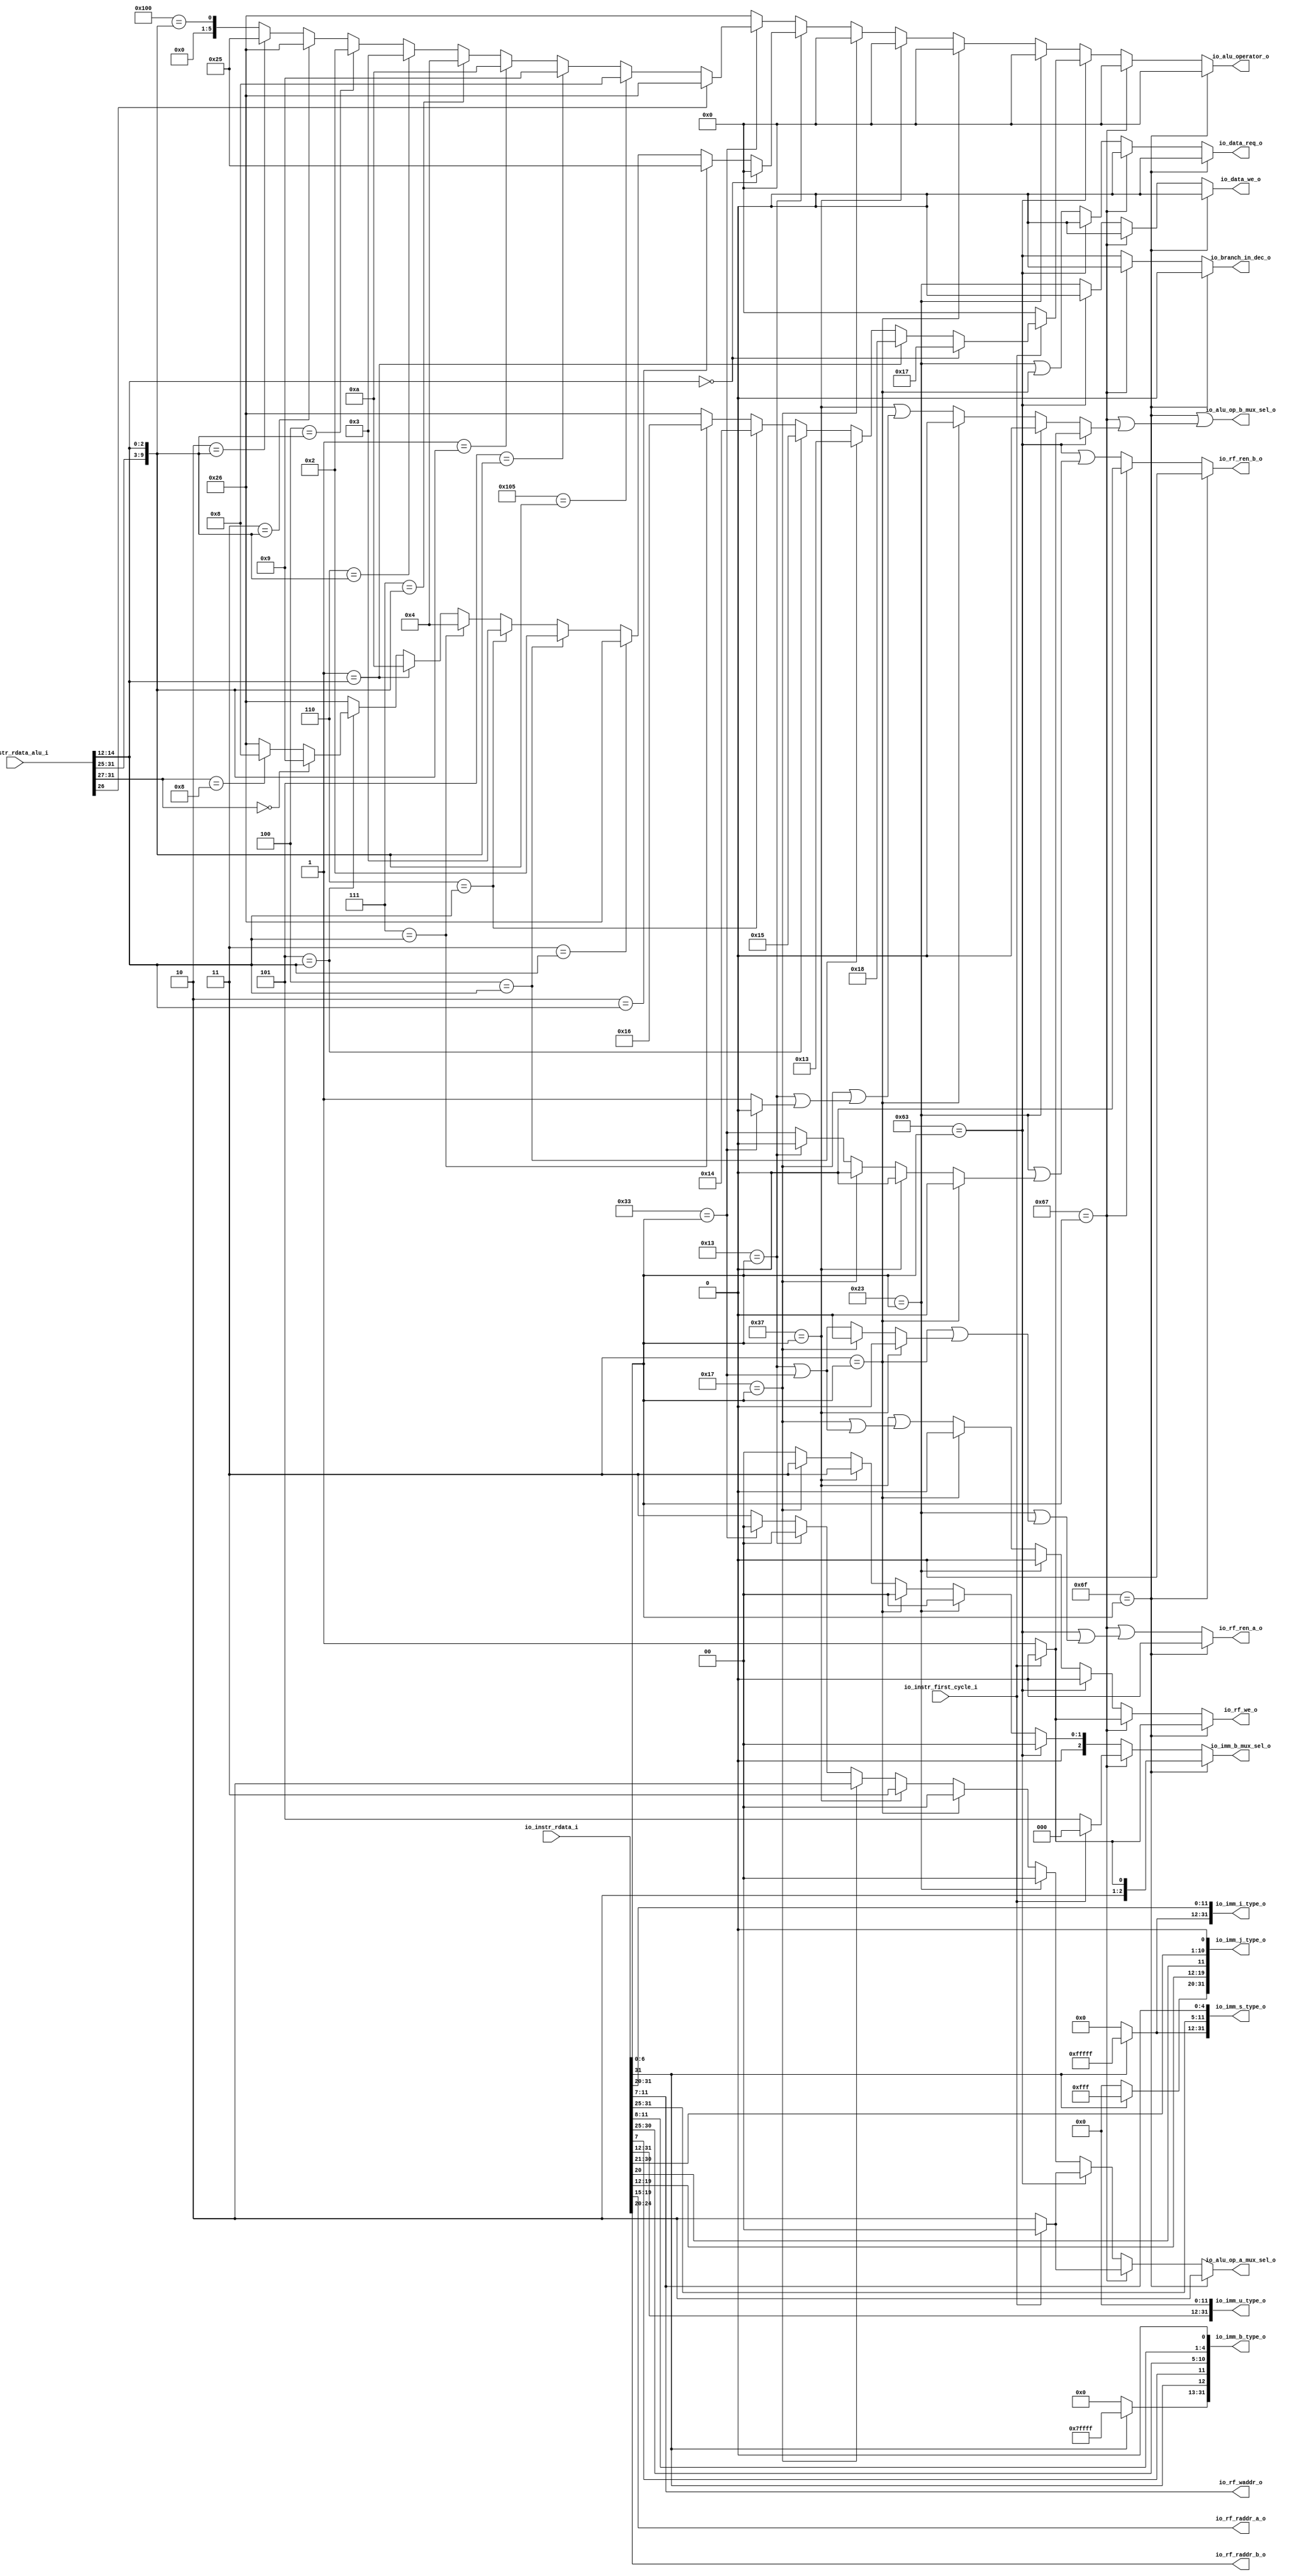
module ibex_decoder(
  input         io_instr_first_cycle_i,
  input  [31:0] io_instr_rdata_i,
  input  [31:0] io_instr_rdata_alu_i,
  output [2:0]  io_imm_b_mux_sel_o,
  output [31:0] io_imm_i_type_o,
  output [31:0] io_imm_s_type_o,
  output [31:0] io_imm_b_type_o,
  output [31:0] io_imm_u_type_o,
  output [31:0] io_imm_j_type_o,
  output        io_rf_we_o,
  output [4:0]  io_rf_raddr_a_o,
  output [4:0]  io_rf_raddr_b_o,
  output [4:0]  io_rf_waddr_o,
  output        io_rf_ren_a_o,
  output        io_rf_ren_b_o,
  output [5:0]  io_alu_operator_o,
  output [1:0]  io_alu_op_a_mux_sel_o,
  output        io_alu_op_b_mux_sel_o,
  output        io_data_req_o,
  output        io_data_we_o,
  output        io_branch_in_dec_o
);
  wire [19:0] io_imm_i_type_o_hi = io_instr_rdata_i[31] ? 20'hfffff : 20'h0; // @[Bitwise.scala 72:12]
  wire [11:0] io_imm_i_type_o_lo = io_instr_rdata_i[31:20]; // @[ibex_decoder.scala 106:52]
  wire [6:0] io_imm_s_type_o_hi_lo = io_instr_rdata_i[31:25]; // @[ibex_decoder.scala 107:52]
  wire [4:0] io_imm_s_type_o_lo = io_instr_rdata_i[11:7]; // @[ibex_decoder.scala 107:67]
  wire [26:0] io_imm_s_type_o_hi = {io_imm_i_type_o_hi,io_imm_s_type_o_hi_lo}; // @[Cat.scala 30:58]
  wire [18:0] io_imm_b_type_o_hi_hi_hi = io_instr_rdata_i[31] ? 19'h7ffff : 19'h0; // @[Bitwise.scala 72:12]
  wire  io_imm_b_type_o_hi_lo = io_instr_rdata_i[7]; // @[ibex_decoder.scala 108:63]
  wire [5:0] io_imm_b_type_o_lo_hi_hi = io_instr_rdata_i[30:25]; // @[ibex_decoder.scala 108:73]
  wire [3:0] io_imm_b_type_o_lo_hi_lo = io_instr_rdata_i[11:8]; // @[ibex_decoder.scala 108:88]
  wire [10:0] io_imm_b_type_o_lo = {io_imm_b_type_o_lo_hi_hi,io_imm_b_type_o_lo_hi_lo,1'h0}; // @[Cat.scala 30:58]
  wire [20:0] io_imm_b_type_o_hi = {io_imm_b_type_o_hi_hi_hi,io_instr_rdata_i[31],io_imm_b_type_o_hi_lo}; // @[Cat.scala 30:58]
  wire [19:0] io_imm_u_type_o_hi = io_instr_rdata_i[31:12]; // @[ibex_decoder.scala 109:31]
  wire [11:0] io_imm_j_type_o_hi_hi_hi = io_instr_rdata_i[31] ? 12'hfff : 12'h0; // @[Bitwise.scala 72:12]
  wire [7:0] io_imm_j_type_o_hi_hi_lo = io_instr_rdata_i[19:12]; // @[ibex_decoder.scala 110:52]
  wire  io_imm_j_type_o_hi_lo = io_instr_rdata_i[20]; // @[ibex_decoder.scala 110:67]
  wire [9:0] io_imm_j_type_o_lo_hi = io_instr_rdata_i[30:21]; // @[ibex_decoder.scala 110:78]
  wire [10:0] io_imm_j_type_o_lo = {io_imm_j_type_o_lo_hi,1'h0}; // @[Cat.scala 30:58]
  wire [20:0] io_imm_j_type_o_hi = {io_imm_j_type_o_hi_hi_hi,io_imm_j_type_o_hi_hi_lo,io_imm_j_type_o_hi_lo}; // @[Cat.scala 30:58]
  wire [6:0] opcode = io_instr_rdata_i[6:0]; // @[ibex_decoder.scala 159:29]
  wire  _T_2 = 7'h6f == opcode; // @[Conditional.scala 37:30]
  wire  _GEN_0 = io_instr_first_cycle_i ? 1'h0 : 1'h1; // @[ibex_decoder.scala 168:38 ibex_decoder.scala 170:17 ibex_decoder.scala 174:17]
  wire  _T_5 = 7'h67 == opcode; // @[Conditional.scala 37:30]
  wire  _T_8 = 7'h63 == opcode; // @[Conditional.scala 37:30]
  wire  _T_11 = 7'h23 == opcode; // @[Conditional.scala 37:30]
  wire  _T_14 = 7'h3 == opcode; // @[Conditional.scala 37:30]
  wire  _T_17 = 7'h37 == opcode; // @[Conditional.scala 37:30]
  wire  _T_20 = 7'h17 == opcode; // @[Conditional.scala 37:30]
  wire  _T_23 = 7'h13 == opcode; // @[Conditional.scala 37:30]
  wire  _T_26 = 7'h33 == opcode; // @[Conditional.scala 37:30]
  wire  _GEN_3 = _T_23 | _T_26; // @[Conditional.scala 39:67 ibex_decoder.scala 298:23]
  wire  _GEN_4 = _T_23 ? 1'h0 : _T_26; // @[Conditional.scala 39:67 ibex_decoder.scala 146:19]
  wire  _GEN_5 = _T_20 | _GEN_3; // @[Conditional.scala 39:67 ibex_decoder.scala 295:15]
  wire  _GEN_6 = _T_20 ? 1'h0 : _GEN_3; // @[Conditional.scala 39:67 ibex_decoder.scala 145:19]
  wire  _GEN_7 = _T_20 ? 1'h0 : _GEN_4; // @[Conditional.scala 39:67 ibex_decoder.scala 146:19]
  wire  _GEN_8 = _T_17 | _GEN_5; // @[Conditional.scala 39:67 ibex_decoder.scala 292:15]
  wire  _GEN_9 = _T_17 ? 1'h0 : _GEN_6; // @[Conditional.scala 39:67 ibex_decoder.scala 145:19]
  wire  _GEN_10 = _T_17 ? 1'h0 : _GEN_7; // @[Conditional.scala 39:67 ibex_decoder.scala 146:19]
  wire  _GEN_11 = _T_14 | _GEN_9; // @[Conditional.scala 39:67 ibex_decoder.scala 261:23]
  wire  _GEN_14 = _T_14 ? 1'h0 : _GEN_8; // @[Conditional.scala 39:67 ibex_decoder.scala 144:11]
  wire  _GEN_15 = _T_14 ? 1'h0 : _GEN_10; // @[Conditional.scala 39:67 ibex_decoder.scala 146:19]
  wire  _GEN_16 = _T_11 | _GEN_11; // @[Conditional.scala 39:67 ibex_decoder.scala 234:23]
  wire  _GEN_17 = _T_11 | _GEN_15; // @[Conditional.scala 39:67 ibex_decoder.scala 235:23]
  wire  _GEN_18 = _T_11 | _T_14; // @[Conditional.scala 39:67 ibex_decoder.scala 236:23]
  wire  _GEN_21 = _T_11 ? 1'h0 : _GEN_14; // @[Conditional.scala 39:67 ibex_decoder.scala 144:11]
  wire  _GEN_23 = _T_8 | _GEN_16; // @[Conditional.scala 39:67 ibex_decoder.scala 225:23]
  wire  _GEN_24 = _T_8 | _GEN_17; // @[Conditional.scala 39:67 ibex_decoder.scala 226:23]
  wire  _GEN_25 = _T_8 ? 1'h0 : _GEN_18; // @[Conditional.scala 39:67 ibex_decoder.scala 151:19]
  wire  _GEN_26 = _T_8 ? 1'h0 : _T_11; // @[Conditional.scala 39:67 ibex_decoder.scala 148:18]
  wire  _GEN_28 = _T_8 ? 1'h0 : _GEN_21; // @[Conditional.scala 39:67 ibex_decoder.scala 144:11]
  wire  _GEN_30 = _T_5 ? _GEN_0 : _GEN_28; // @[Conditional.scala 39:67]
  wire  _GEN_31 = _T_5 | _GEN_23; // @[Conditional.scala 39:67 ibex_decoder.scala 193:23]
  wire  _GEN_32 = _T_5 ? 1'h0 : _T_8; // @[Conditional.scala 39:67 ibex_decoder.scala 140:24]
  wire  _GEN_33 = _T_5 ? 1'h0 : _GEN_24; // @[Conditional.scala 39:67 ibex_decoder.scala 146:19]
  wire  _GEN_34 = _T_5 ? 1'h0 : _GEN_25; // @[Conditional.scala 39:67 ibex_decoder.scala 151:19]
  wire  _GEN_35 = _T_5 ? 1'h0 : _GEN_26; // @[Conditional.scala 39:67 ibex_decoder.scala 148:18]
  wire [2:0] _GEN_45 = io_instr_first_cycle_i ? 3'h4 : 3'h5; // @[ibex_decoder.scala 525:38 ibex_decoder.scala 527:30 ibex_decoder.scala 530:30]
  wire [1:0] _GEN_46 = io_instr_first_cycle_i ? 2'h0 : 2'h2; // @[ibex_decoder.scala 538:38 ibex_decoder.scala 540:33 ibex_decoder.scala 544:33]
  wire [2:0] _GEN_47 = io_instr_first_cycle_i ? 3'h0 : 3'h5; // @[ibex_decoder.scala 538:38 ibex_decoder.scala 541:30 ibex_decoder.scala 545:30]
  wire  _T_37 = 3'h0 == io_instr_rdata_alu_i[14:12]; // @[Conditional.scala 37:30]
  wire  _T_38 = 3'h1 == io_instr_rdata_alu_i[14:12]; // @[Conditional.scala 37:30]
  wire  _T_39 = 3'h4 == io_instr_rdata_alu_i[14:12]; // @[Conditional.scala 37:30]
  wire  _T_40 = 3'h5 == io_instr_rdata_alu_i[14:12]; // @[Conditional.scala 37:30]
  wire  _T_41 = 3'h6 == io_instr_rdata_alu_i[14:12]; // @[Conditional.scala 37:30]
  wire  _T_42 = 3'h7 == io_instr_rdata_alu_i[14:12]; // @[Conditional.scala 37:30]
  wire [5:0] _GEN_48 = _T_42 ? 6'h16 : 6'h26; // @[Conditional.scala 39:67 ibex_decoder.scala 569:31 ibex_decoder.scala 497:23]
  wire [5:0] _GEN_49 = _T_41 ? 6'h14 : _GEN_48; // @[Conditional.scala 39:67 ibex_decoder.scala 566:31]
  wire [5:0] _GEN_50 = _T_40 ? 6'h15 : _GEN_49; // @[Conditional.scala 39:67 ibex_decoder.scala 563:31]
  wire [5:0] _GEN_51 = _T_39 ? 6'h13 : _GEN_50; // @[Conditional.scala 39:67 ibex_decoder.scala 560:31]
  wire [5:0] _GEN_52 = _T_38 ? 6'h18 : _GEN_51; // @[Conditional.scala 39:67 ibex_decoder.scala 557:31]
  wire [5:0] _GEN_53 = _T_37 ? 6'h17 : _GEN_52; // @[Conditional.scala 40:58 ibex_decoder.scala 554:31]
  wire [5:0] _GEN_55 = io_instr_first_cycle_i ? _GEN_53 : 6'h0; // @[ibex_decoder.scala 576:38 ibex_decoder.scala 586:29]
  wire  _T_62 = 3'h2 == io_instr_rdata_alu_i[14:12]; // @[Conditional.scala 37:30]
  wire  _T_63 = 3'h3 == io_instr_rdata_alu_i[14:12]; // @[Conditional.scala 37:30]
  wire [5:0] _GEN_57 = io_instr_rdata_alu_i[31:27] == 5'h8 ? 6'h8 : 6'h26; // @[ibex_decoder.scala 664:59 ibex_decoder.scala 665:33 ibex_decoder.scala 497:23]
  wire [5:0] _GEN_58 = io_instr_rdata_alu_i[31:27] == 5'h0 ? 6'h9 : _GEN_57; // @[ibex_decoder.scala 662:53 ibex_decoder.scala 663:33]
  wire [5:0] _GEN_59 = _T_40 ? _GEN_58 : 6'h26; // @[Conditional.scala 39:67 ibex_decoder.scala 497:23]
  wire [5:0] _GEN_60 = _T_38 ? 6'ha : _GEN_59; // @[Conditional.scala 39:67 ibex_decoder.scala 659:31]
  wire [5:0] _GEN_61 = _T_42 ? 6'h4 : _GEN_60; // @[Conditional.scala 39:67 ibex_decoder.scala 656:31]
  wire [5:0] _GEN_62 = _T_41 ? 6'h3 : _GEN_61; // @[Conditional.scala 39:67 ibex_decoder.scala 653:31]
  wire [5:0] _GEN_63 = _T_39 ? 6'h2 : _GEN_62; // @[Conditional.scala 39:67 ibex_decoder.scala 650:31]
  wire [5:0] _GEN_64 = _T_63 ? 6'h26 : _GEN_63; // @[Conditional.scala 39:67 ibex_decoder.scala 647:31]
  wire [5:0] _GEN_65 = _T_62 ? 6'h25 : _GEN_64; // @[Conditional.scala 39:67 ibex_decoder.scala 644:31]
  wire [5:0] _GEN_66 = _T_37 ? 6'h0 : _GEN_65; // @[Conditional.scala 40:58 ibex_decoder.scala 641:31]
  wire [6:0] io_alu_operator_o_hi = io_instr_rdata_alu_i[31:25]; // @[ibex_decoder.scala 676:64]
  wire [9:0] _io_alu_operator_o_T = {io_alu_operator_o_hi,io_instr_rdata_alu_i[14:12]}; // @[Cat.scala 30:58]
  wire [5:0] _io_alu_operator_o_T_26 = 10'h2 == _io_alu_operator_o_T ? 6'h25 : {{5'd0}, 10'h100 == _io_alu_operator_o_T}
    ; // @[Mux.scala 80:57]
  wire [5:0] _io_alu_operator_o_T_28 = 10'h3 == _io_alu_operator_o_T ? 6'h26 : _io_alu_operator_o_T_26; // @[Mux.scala 80:57]
  wire [5:0] _io_alu_operator_o_T_30 = 10'h4 == _io_alu_operator_o_T ? 6'h2 : _io_alu_operator_o_T_28; // @[Mux.scala 80:57]
  wire [5:0] _io_alu_operator_o_T_32 = 10'h6 == _io_alu_operator_o_T ? 6'h3 : _io_alu_operator_o_T_30; // @[Mux.scala 80:57]
  wire [5:0] _io_alu_operator_o_T_34 = 10'h7 == _io_alu_operator_o_T ? 6'h4 : _io_alu_operator_o_T_32; // @[Mux.scala 80:57]
  wire [5:0] _io_alu_operator_o_T_36 = 10'h1 == _io_alu_operator_o_T ? 6'ha : _io_alu_operator_o_T_34; // @[Mux.scala 80:57]
  wire [5:0] _io_alu_operator_o_T_38 = 10'h5 == _io_alu_operator_o_T ? 6'h9 : _io_alu_operator_o_T_36; // @[Mux.scala 80:57]
  wire [5:0] _io_alu_operator_o_T_40 = 10'h105 == _io_alu_operator_o_T ? 6'h8 : _io_alu_operator_o_T_38; // @[Mux.scala 80:57]
  wire [5:0] _GEN_67 = ~io_instr_rdata_alu_i[26] ? _io_alu_operator_o_T_40 : 6'h26; // @[ibex_decoder.scala 675:30 ibex_decoder.scala 676:29 ibex_decoder.scala 497:23]
  wire [1:0] _GEN_68 = _T_26 ? 2'h0 : 2'h3; // @[Conditional.scala 39:67 ibex_decoder.scala 672:31 ibex_decoder.scala 498:27]
  wire  _GEN_69 = _T_26 ? 1'h0 : 1'h1; // @[Conditional.scala 39:67 ibex_decoder.scala 673:31 ibex_decoder.scala 499:27]
  wire [5:0] _GEN_70 = _T_26 ? _GEN_67 : 6'h26; // @[Conditional.scala 39:67 ibex_decoder.scala 497:23]
  wire [1:0] _GEN_71 = _T_23 ? 2'h0 : _GEN_68; // @[Conditional.scala 39:67 ibex_decoder.scala 635:31]
  wire  _GEN_72 = _T_23 | _GEN_69; // @[Conditional.scala 39:67 ibex_decoder.scala 636:31]
  wire [5:0] _GEN_74 = _T_23 ? _GEN_66 : _GEN_70; // @[Conditional.scala 39:67]
  wire [1:0] _GEN_75 = _T_20 ? 2'h2 : _GEN_71; // @[Conditional.scala 39:67 ibex_decoder.scala 628:31]
  wire  _GEN_76 = _T_20 | _GEN_72; // @[Conditional.scala 39:67 ibex_decoder.scala 629:31]
  wire [1:0] _GEN_77 = _T_20 ? 2'h3 : 2'h0; // @[Conditional.scala 39:67 ibex_decoder.scala 630:28]
  wire [5:0] _GEN_78 = _T_20 ? 6'h0 : _GEN_74; // @[Conditional.scala 39:67 ibex_decoder.scala 631:27]
  wire [1:0] _GEN_79 = _T_17 ? 2'h3 : _GEN_75; // @[Conditional.scala 39:67 ibex_decoder.scala 620:31]
  wire  _GEN_80 = _T_17 | _GEN_76; // @[Conditional.scala 39:67 ibex_decoder.scala 621:31]
  wire [1:0] _GEN_82 = _T_17 ? 2'h3 : _GEN_77; // @[Conditional.scala 39:67 ibex_decoder.scala 623:28]
  wire [5:0] _GEN_83 = _T_17 ? 6'h0 : _GEN_78; // @[Conditional.scala 39:67 ibex_decoder.scala 624:27]
  wire [1:0] _GEN_84 = _T_14 ? 2'h0 : _GEN_79; // @[Conditional.scala 39:67 ibex_decoder.scala 607:31]
  wire [5:0] _GEN_85 = _T_14 ? 6'h0 : _GEN_83; // @[Conditional.scala 39:67 ibex_decoder.scala 610:27]
  wire  _GEN_86 = _T_14 ? 1'h0 : _GEN_80; // @[Conditional.scala 39:67 ibex_decoder.scala 611:31]
  wire [1:0] _GEN_87 = _T_14 ? 2'h0 : _GEN_82; // @[Conditional.scala 39:67 ibex_decoder.scala 612:28]
  wire [1:0] _GEN_89 = _T_11 ? 2'h0 : _GEN_84; // @[Conditional.scala 39:67 ibex_decoder.scala 595:31]
  wire  _GEN_90 = _T_11 ? 1'h0 : _GEN_86; // @[Conditional.scala 39:67]
  wire [5:0] _GEN_91 = _T_11 ? 6'h0 : _GEN_85; // @[Conditional.scala 39:67 ibex_decoder.scala 597:27]
  wire [1:0] _GEN_92 = _T_11 ? 2'h0 : _GEN_87; // @[Conditional.scala 39:67]
  wire [5:0] _GEN_94 = _T_8 ? _GEN_55 : _GEN_91; // @[Conditional.scala 39:67]
  wire [1:0] _GEN_95 = _T_8 ? _GEN_46 : _GEN_89; // @[Conditional.scala 39:67]
  wire  _GEN_96 = _T_8 ? _GEN_0 : _GEN_90; // @[Conditional.scala 39:67]
  wire [2:0] _GEN_97 = _T_8 ? 3'h0 : {{1'd0}, _GEN_92}; // @[Conditional.scala 39:67]
  wire  _GEN_99 = _T_5 | _GEN_96; // @[Conditional.scala 39:67 ibex_decoder.scala 536:31]
  wire [5:0] _GEN_100 = _T_5 ? 6'h0 : _GEN_94; // @[Conditional.scala 39:67 ibex_decoder.scala 537:27]
  wire [1:0] _GEN_101 = _T_5 ? _GEN_46 : _GEN_95; // @[Conditional.scala 39:67]
  wire [2:0] _GEN_102 = _T_5 ? _GEN_47 : _GEN_97; // @[Conditional.scala 39:67]
  assign io_imm_b_mux_sel_o = _T_2 ? _GEN_45 : _GEN_102; // @[Conditional.scala 40:58]
  assign io_imm_i_type_o = {io_imm_i_type_o_hi,io_imm_i_type_o_lo}; // @[Cat.scala 30:58]
  assign io_imm_s_type_o = {io_imm_s_type_o_hi,io_imm_s_type_o_lo}; // @[Cat.scala 30:58]
  assign io_imm_b_type_o = {io_imm_b_type_o_hi,io_imm_b_type_o_lo}; // @[Cat.scala 30:58]
  assign io_imm_u_type_o = {io_imm_u_type_o_hi,12'h0}; // @[Cat.scala 30:58]
  assign io_imm_j_type_o = {io_imm_j_type_o_hi,io_imm_j_type_o_lo}; // @[Cat.scala 30:58]
  assign io_rf_we_o = _T_2 ? _GEN_0 : _GEN_30; // @[Conditional.scala 40:58]
  assign io_rf_raddr_a_o = io_instr_rdata_i[19:15]; // @[ibex_decoder.scala 117:21]
  assign io_rf_raddr_b_o = io_instr_rdata_i[24:20]; // @[ibex_decoder.scala 118:21]
  assign io_rf_waddr_o = io_instr_rdata_i[11:7]; // @[ibex_decoder.scala 124:20]
  assign io_rf_ren_a_o = _T_2 ? 1'h0 : _GEN_31; // @[Conditional.scala 40:58 ibex_decoder.scala 145:19]
  assign io_rf_ren_b_o = _T_2 ? 1'h0 : _GEN_33; // @[Conditional.scala 40:58 ibex_decoder.scala 146:19]
  assign io_alu_operator_o = _T_2 ? 6'h0 : _GEN_100; // @[Conditional.scala 40:58 ibex_decoder.scala 524:27]
  assign io_alu_op_a_mux_sel_o = _T_2 ? 2'h2 : _GEN_101; // @[Conditional.scala 40:58 ibex_decoder.scala 522:31]
  assign io_alu_op_b_mux_sel_o = _T_2 | _GEN_99; // @[Conditional.scala 40:58 ibex_decoder.scala 523:31]
  assign io_data_req_o = _T_2 ? 1'h0 : _GEN_34; // @[Conditional.scala 40:58 ibex_decoder.scala 151:19]
  assign io_data_we_o = _T_2 ? 1'h0 : _GEN_35; // @[Conditional.scala 40:58 ibex_decoder.scala 148:18]
  assign io_branch_in_dec_o = _T_2 ? 1'h0 : _GEN_32; // @[Conditional.scala 40:58 ibex_decoder.scala 140:24]
endmodule


/////////////////////////////////////////////
module ibex_controller(
  input        clock,
  input        reset,
  output       io_instr_valid_clear_o,
  output       io_id_in_ready_o,
  output       io_controller_run_o,
  output       io_instr_req_o,
  output       io_pc_set_o,
  output [2:0] io_pc_mux_o,
  input        io_branch_set_i,
  input        io_stall_id_i
);
`ifdef RANDOMIZE_REG_INIT
  reg [31:0] _RAND_0;
`endif // RANDOMIZE_REG_INIT
  wire  reset_n = ~reset; // @[ibex_controller.scala 145:45]

  reg [1:0] ctrl_fsm_cs_REG; // @[ibex_controller.scala 149:12]
  wire  _T_2 = 2'h0 == ctrl_fsm_cs_REG; // @[Conditional.scala 37:30]
  wire  _T_5 = 2'h1 == ctrl_fsm_cs_REG; // @[Conditional.scala 37:30]
  wire  _T_8 = 2'h2 == ctrl_fsm_cs_REG; // @[Conditional.scala 37:30]
  wire  _T_11 = 2'h3 == ctrl_fsm_cs_REG; // @[Conditional.scala 37:30]
  wire  _GEN_4 = _T_8 | _T_11; // @[Conditional.scala 39:67 ibex_controller.scala 94:26]
  wire  _GEN_6 = _T_8 ? 1'h0 : _T_11; // @[Conditional.scala 39:67 ibex_controller.scala 69:25]
  wire  _GEN_7 = _T_8 ? 1'h0 : _T_11 & io_branch_set_i; // @[Conditional.scala 39:67 ibex_controller.scala 63:17]
  wire  _GEN_8 = _T_5 | _GEN_4; // @[Conditional.scala 39:67 ibex_controller.scala 86:26]
  wire  _GEN_9 = _T_5 ? 1'h0 : _GEN_6; // @[Conditional.scala 39:67 ibex_controller.scala 87:23]
  wire  _GEN_10 = _T_5 | _GEN_7; // @[Conditional.scala 39:67 ibex_controller.scala 88:23]
  wire  _GEN_13 = _T_2 ? 1'h0 : _GEN_9; // @[Conditional.scala 40:58 ibex_controller.scala 79:23]
  assign io_instr_valid_clear_o = ~io_stall_id_i; // @[ibex_controller.scala 143:29]
  assign io_id_in_ready_o = ~io_stall_id_i; // @[ibex_controller.scala 136:23]
  assign io_controller_run_o = _T_2 ? 1'h0 : _GEN_9; // @[Conditional.scala 40:58 ibex_controller.scala 79:23]

  assign io_instr_req_o = _T_2 ? 1'h0 : _GEN_8; // @[Conditional.scala 40:58 ibex_controller.scala 78:26]
  assign io_pc_set_o = _T_2 | _GEN_10; // @[Conditional.scala 40:58 ibex_controller.scala 80:23]
  assign io_pc_mux_o = {{2'd0}, _GEN_13}; // @[Conditional.scala 40:58 ibex_controller.scala 79:23]
  always @(posedge clock or posedge  reset_n) begin
    if (reset_n) begin
      ctrl_fsm_cs_REG <= 2'h0;
    end else if (_T_2) begin
      ctrl_fsm_cs_REG <= 2'h1;
    end else if (_T_5) begin
      ctrl_fsm_cs_REG <= 2'h2;
    end else if (_T_8) begin
      if (io_id_in_ready_o) begin
        ctrl_fsm_cs_REG <= 2'h3;
      end else begin
        ctrl_fsm_cs_REG <= 2'h2;
      end
    end else begin
      ctrl_fsm_cs_REG <= 2'h0;
    end
  end
// Register and memory initialization
`ifdef RANDOMIZE_GARBAGE_ASSIGN
`define RANDOMIZE
`endif
`ifdef RANDOMIZE_INVALID_ASSIGN
`define RANDOMIZE
`endif
`ifdef RANDOMIZE_REG_INIT
`define RANDOMIZE
`endif
`ifdef RANDOMIZE_MEM_INIT
`define RANDOMIZE
`endif
`ifndef RANDOM
`define RANDOM $random
`endif
`ifdef RANDOMIZE_MEM_INIT
  integer initvar;
`endif
`ifndef SYNTHESIS
`ifdef FIRRTL_BEFORE_INITIAL
`FIRRTL_BEFORE_INITIAL
`endif
initial begin
  `ifdef RANDOMIZE
    `ifdef INIT_RANDOM
      `INIT_RANDOM
    `endif
    `ifndef VERILATOR
      `ifdef RANDOMIZE_DELAY
        #`RANDOMIZE_DELAY begin end
      `else
        #0.002 begin end
      `endif
    `endif
`ifdef RANDOMIZE_REG_INIT
  _RAND_0 = {1{`RANDOM}};
  ctrl_fsm_cs_REG = _RAND_0[1:0];
`endif // RANDOMIZE_REG_INIT
  if (reset_n) begin
    ctrl_fsm_cs_REG = 2'h0;
  end
  `endif // RANDOMIZE
end // initial
`ifdef FIRRTL_AFTER_INITIAL
`FIRRTL_AFTER_INITIAL
`endif
`endif // SYNTHESIS
endmodule
module ibex_id_stage(
  input         clock,
  input         reset,
  output        io_ctrl_busy_o,
  input         io_instr_valid_i,
  input  [31:0] io_instr_rdata_i,
  input  [31:0]  io_instr_rdata_alu_i,
  output        io_instr_req_o,
  output        io_instr_first_cycle_id_o,
  output        io_instr_valid_clear_o,
  output        io_id_in_ready_o,
  input         io_branch_decision_i,
  output        io_pc_set_o,
  output [2:0]  io_pc_mux_o,
  input  [31:0] io_pc_id_i,
  input         io_ex_valid_i,
  input         io_lsu_resp_valid_i,
  output [5:0]  io_alu_operator_ex_o,
  output [31:0] io_alu_operand_a_ex_o,
  output [31:0] io_alu_operand_b_ex_o,
  output        io_lsu_req_o,
  output        io_lsu_we_o,
  output [31:0] io_lsu_wdata_o,
  input  [31:0] io_result_ex_i,
  output [4:0]  io_rf_raddr_a_o,
  input  [31:0] io_rf_rdata_a_i,
  output [4:0]  io_rf_raddr_b_o,
  input  [31:0] io_rf_rdata_b_i,
  output        io_rf_ren_a_o,
  output        io_rf_ren_b_o,
  output [4:0]  io_rf_waddr_id_o,
  output [31:0] io_rf_wdata_id_o,
  output        io_rf_we_id_o,
  output        io_instr_id_done_o
);
`ifdef RANDOMIZE_REG_INIT
  reg [31:0] _RAND_0;
  reg [31:0] _RAND_1;
`endif // RANDOMIZE_REG_INIT
  wire  decoder_io_instr_first_cycle_i; // @[ibex_id_stage.scala 260:37]
  wire [31:0] decoder_io_instr_rdata_i; // @[ibex_id_stage.scala 260:37]
  wire [31:0] decoder_io_instr_rdata_alu_i; // @[ibex_id_stage.scala 260:37]
  wire [2:0] decoder_io_imm_b_mux_sel_o; // @[ibex_id_stage.scala 260:37]
  wire [31:0] decoder_io_imm_i_type_o; // @[ibex_id_stage.scala 260:37]
  wire [31:0] decoder_io_imm_s_type_o; // @[ibex_id_stage.scala 260:37]
  wire [31:0] decoder_io_imm_b_type_o; // @[ibex_id_stage.scala 260:37]
  wire [31:0] decoder_io_imm_u_type_o; // @[ibex_id_stage.scala 260:37]
  wire [31:0] decoder_io_imm_j_type_o; // @[ibex_id_stage.scala 260:37]
  wire  decoder_io_rf_we_o; // @[ibex_id_stage.scala 260:37]
  wire [4:0] decoder_io_rf_raddr_a_o; // @[ibex_id_stage.scala 260:37]
  wire [4:0] decoder_io_rf_raddr_b_o; // @[ibex_id_stage.scala 260:37]
  wire [4:0] decoder_io_rf_waddr_o; // @[ibex_id_stage.scala 260:37]
  wire  decoder_io_rf_ren_a_o; // @[ibex_id_stage.scala 260:37]
  wire  decoder_io_rf_ren_b_o; // @[ibex_id_stage.scala 260:37]
  wire [5:0] decoder_io_alu_operator_o; // @[ibex_id_stage.scala 260:37]
  wire [1:0] decoder_io_alu_op_a_mux_sel_o; // @[ibex_id_stage.scala 260:37]
  wire  decoder_io_alu_op_b_mux_sel_o; // @[ibex_id_stage.scala 260:37]
  wire  decoder_io_data_req_o; // @[ibex_id_stage.scala 260:37]
  wire  decoder_io_data_we_o; // @[ibex_id_stage.scala 260:37]
  wire  decoder_io_branch_in_dec_o; // @[ibex_id_stage.scala 260:37]
  wire  controller_clock; // @[ibex_id_stage.scala 301:43]
  wire  controller_reset; // @[ibex_id_stage.scala 301:43]
  wire  controller_io_instr_valid_clear_o; // @[ibex_id_stage.scala 301:43]
  wire  controller_io_id_in_ready_o; // @[ibex_id_stage.scala 301:43]
  wire  controller_io_controller_run_o; // @[ibex_id_stage.scala 301:43]
  wire  controller_io_instr_req_o; // @[ibex_id_stage.scala 301:43]
  wire  controller_io_pc_set_o; // @[ibex_id_stage.scala 301:43]
  wire [2:0] controller_io_pc_mux_o; // @[ibex_id_stage.scala 301:43]
  wire  controller_io_branch_set_i; // @[ibex_id_stage.scala 301:43]
  wire  controller_io_stall_id_i; // @[ibex_id_stage.scala 301:43]
  wire [1:0] alu_op_a_mux_sel_dec = decoder_io_alu_op_a_mux_sel_o; // @[ibex_id_stage.scala 190:51 ibex_id_stage.scala 284:24]
  wire [31:0] _alu_operand_a_T_5 = 2'h0 == alu_op_a_mux_sel_dec ? io_rf_rdata_a_i : io_pc_id_i; // @[Mux.scala 80:57]
  wire [31:0] _alu_operand_a_T_7 = 2'h2 == alu_op_a_mux_sel_dec ? io_pc_id_i : _alu_operand_a_T_5; // @[Mux.scala 80:57]
  wire [2:0] imm_b_mux_sel_dec = decoder_io_imm_b_mux_sel_o; // @[ibex_id_stage.scala 197:49 ibex_id_stage.scala 268:21]
  wire [31:0] imm_i_type = decoder_io_imm_i_type_o; // @[ibex_id_stage.scala 164:30 ibex_id_stage.scala 269:14]
  wire [31:0] _imm_b_T_9 = 3'h0 == imm_b_mux_sel_dec ? imm_i_type : 32'h4; // @[Mux.scala 80:57]
  wire [31:0] imm_s_type = decoder_io_imm_s_type_o; // @[ibex_id_stage.scala 165:30 ibex_id_stage.scala 270:14]
  wire [31:0] _imm_b_T_11 = 3'h1 == imm_b_mux_sel_dec ? imm_s_type : _imm_b_T_9; // @[Mux.scala 80:57]
  wire [31:0] imm_b_type = decoder_io_imm_b_type_o; // @[ibex_id_stage.scala 166:30 ibex_id_stage.scala 271:14]
  wire [31:0] _imm_b_T_13 = 3'h2 == imm_b_mux_sel_dec ? imm_b_type : _imm_b_T_11; // @[Mux.scala 80:57]
  wire [31:0] imm_u_type = decoder_io_imm_u_type_o; // @[ibex_id_stage.scala 167:30 ibex_id_stage.scala 272:14]
  wire [31:0] _imm_b_T_15 = 3'h3 == imm_b_mux_sel_dec ? imm_u_type : _imm_b_T_13; // @[Mux.scala 80:57]
  wire [31:0] imm_j_type = decoder_io_imm_j_type_o; // @[ibex_id_stage.scala 168:30 ibex_id_stage.scala 273:14]
  wire [31:0] _imm_b_T_17 = 3'h4 == imm_b_mux_sel_dec ? imm_j_type : _imm_b_T_15; // @[Mux.scala 80:57]
  wire [31:0] _imm_b_T_19 = 3'h5 == imm_b_mux_sel_dec ? 32'h4 : _imm_b_T_17; // @[Mux.scala 80:57]
  wire [31:0] imm_b = 3'h6 == imm_b_mux_sel_dec ? 32'h4 : _imm_b_T_19; // @[Mux.scala 80:57]
  wire  alu_op_b_mux_sel_dec = decoder_io_alu_op_b_mux_sel_o; // @[ibex_id_stage.scala 192:51 ibex_id_stage.scala 285:24]
  wire  rf_we_dec = decoder_io_rf_we_o; // @[ibex_id_stage.scala 175:29 ibex_id_stage.scala 276:13]
  wire  controller_run = controller_io_controller_run_o; // @[ibex_id_stage.scala 156:34 ibex_id_stage.scala 305:18]
  wire  instr_executing = io_instr_valid_i & controller_run; // @[ibex_id_stage.scala 430:39]
  wire  reset_n = ~reset; // @[ibex_id_stage.scala 328:45]
  reg  id_fsm_q_REG; // @[ibex_id_stage.scala 349:12]
  wire  _instr_first_cycle_T = ~id_fsm_q_REG; // @[ibex_id_stage.scala 414:53]
  wire  instr_first_cycle = io_instr_valid_i & ~id_fsm_q_REG; // @[ibex_id_stage.scala 414:41]
  wire  lsu_req_dec = decoder_io_data_req_o; // @[ibex_id_stage.scala 202:31 ibex_id_stage.scala 288:15]
  reg  branch_set_q_REG; // @[ibex_id_stage.scala 332:12]
  wire  branch_in_dec = decoder_io_branch_in_dec_o; // @[ibex_id_stage.scala 145:33 ibex_id_stage.scala 295:17]
  wire  _GEN_2 = branch_in_dec & io_branch_decision_i; // @[ibex_id_stage.scala 381:46 ibex_id_stage.scala 385:20]
  wire  _GEN_6 = lsu_req_dec | _GEN_2; // @[ibex_id_stage.scala 379:38 ibex_id_stage.scala 380:20]
  wire  _GEN_7 = lsu_req_dec ? 1'h0 : _GEN_2; // @[ibex_id_stage.scala 379:38 ibex_id_stage.scala 373:18]
  wire  multicycle_done = lsu_req_dec ? io_lsu_resp_valid_i : io_ex_valid_i; // @[ibex_id_stage.scala 420:25]
  wire  _GEN_10 = multicycle_done ? 1'h0 : id_fsm_q_REG; // @[ibex_id_stage.scala 398:31 ibex_id_stage.scala 399:20 ibex_id_stage.scala 370:14]
  wire  _GEN_11 = multicycle_done ? 1'h0 : branch_in_dec; // @[ibex_id_stage.scala 398:31 ibex_id_stage.scala 373:18 ibex_id_stage.scala 401:24]
  wire  _GEN_13 = id_fsm_q_REG & _GEN_10; // @[ibex_id_stage.scala 397:53 ibex_id_stage.scala 405:18]
  wire  _GEN_14 = id_fsm_q_REG & _GEN_11; // @[ibex_id_stage.scala 397:53 ibex_id_stage.scala 373:18]
  wire  _GEN_17 = _instr_first_cycle_T ? _GEN_7 : _GEN_14; // @[ibex_id_stage.scala 378:47]
  wire  _GEN_18 = _instr_first_cycle_T & _GEN_7; // @[ibex_id_stage.scala 378:47 ibex_id_stage.scala 374:18]
  wire  stall_branch = instr_executing & _GEN_17; // @[ibex_id_stage.scala 377:27 ibex_id_stage.scala 373:18]
  wire  tmp = ~io_lsu_resp_valid_i; // @[ibex_id_stage.scala 426:10]
  wire  stall_mem = io_instr_valid_i & (lsu_req_dec & (tmp | instr_first_cycle)); // @[ibex_id_stage.scala 427:33]
  wire  stall_id = stall_mem | stall_branch; // @[ibex_id_stage.scala 412:38]
 

  ibex_decoder decoder ( // @[ibex_id_stage.scala 260:37]
    .io_instr_first_cycle_i(decoder_io_instr_first_cycle_i),
    .io_instr_rdata_i(decoder_io_instr_rdata_i),
    .io_instr_rdata_alu_i(decoder_io_instr_rdata_alu_i),
    .io_imm_b_mux_sel_o(decoder_io_imm_b_mux_sel_o),
    .io_imm_i_type_o(decoder_io_imm_i_type_o),
    .io_imm_s_type_o(decoder_io_imm_s_type_o),
    .io_imm_b_type_o(decoder_io_imm_b_type_o),
    .io_imm_u_type_o(decoder_io_imm_u_type_o),
    .io_imm_j_type_o(decoder_io_imm_j_type_o),
    .io_rf_we_o(decoder_io_rf_we_o),
    .io_rf_raddr_a_o(decoder_io_rf_raddr_a_o),
    .io_rf_raddr_b_o(decoder_io_rf_raddr_b_o),
    .io_rf_waddr_o(decoder_io_rf_waddr_o),
    .io_rf_ren_a_o(decoder_io_rf_ren_a_o),
    .io_rf_ren_b_o(decoder_io_rf_ren_b_o),
    .io_alu_operator_o(decoder_io_alu_operator_o),
    .io_alu_op_a_mux_sel_o(decoder_io_alu_op_a_mux_sel_o),
    .io_alu_op_b_mux_sel_o(decoder_io_alu_op_b_mux_sel_o),
    .io_data_req_o(decoder_io_data_req_o),
    .io_data_we_o(decoder_io_data_we_o),
    .io_branch_in_dec_o(decoder_io_branch_in_dec_o)
  );
  ibex_controller controller ( // @[ibex_id_stage.scala 301:43]
    .clock(controller_clock),
    .reset(controller_reset),
    .io_instr_valid_clear_o(controller_io_instr_valid_clear_o),
    .io_id_in_ready_o(controller_io_id_in_ready_o),
    .io_controller_run_o(controller_io_controller_run_o),
    .io_instr_req_o(controller_io_instr_req_o),
    .io_pc_set_o(controller_io_pc_set_o),
    .io_pc_mux_o(controller_io_pc_mux_o),
    .io_branch_set_i(controller_io_branch_set_i),
    .io_stall_id_i(controller_io_stall_id_i)
  );
  assign io_ctrl_busy_o = 1'h1; // @[ibex_id_stage.scala 302:18]
  assign io_instr_req_o = controller_io_instr_req_o; // @[ibex_id_stage.scala 306:18]
  assign io_instr_first_cycle_id_o = io_instr_valid_i & ~id_fsm_q_REG; // @[ibex_id_stage.scala 414:41]
  assign io_instr_valid_clear_o = controller_io_instr_valid_clear_o; // @[ibex_id_stage.scala 303:26]
 //assign io_id_in_ready_o = controller_io_id_in_ready_o; // @[ibex_id_stage.scala 304:20]
  //////////////////////////
  assign io_id_in_ready_o = 1;
  assign io_pc_set_o = controller_io_pc_set_o; // @[ibex_id_stage.scala 307:15]
  assign io_pc_mux_o = controller_io_pc_mux_o; // @[ibex_id_stage.scala 308:15]
  assign io_alu_operator_ex_o = decoder_io_alu_operator_o; // @[ibex_id_stage.scala 188:41 ibex_id_stage.scala 283:16]
  assign io_alu_operand_a_ex_o = 2'h3 == alu_op_a_mux_sel_dec ? 32'h0 : _alu_operand_a_T_7; // @[Mux.scala 80:57]
  assign io_alu_operand_b_ex_o = alu_op_b_mux_sel_dec ? imm_b : io_rf_rdata_b_i; // @[ibex_id_stage.scala 245:23]
  assign io_lsu_req_o = instr_executing & (instr_first_cycle & lsu_req_dec); // @[ibex_id_stage.scala 314:17]
  assign io_lsu_we_o = decoder_io_data_we_o; // @[ibex_id_stage.scala 200:26 ibex_id_stage.scala 289:10]
  assign io_lsu_wdata_o = io_rf_rdata_b_i; // @[ibex_id_stage.scala 185:34 ibex_id_stage.scala 435:18]
  assign io_rf_raddr_a_o = decoder_io_rf_raddr_a_o; // @[ibex_id_stage.scala 277:19]
  assign io_rf_raddr_b_o = decoder_io_rf_raddr_b_o; // @[ibex_id_stage.scala 278:19]
  assign io_rf_ren_a_o = decoder_io_rf_ren_a_o; // @[ibex_id_stage.scala 178:28 ibex_id_stage.scala 280:12]
  assign io_rf_ren_b_o = decoder_io_rf_ren_b_o; // @[ibex_id_stage.scala 179:28 ibex_id_stage.scala 281:12]
  assign io_rf_waddr_id_o = decoder_io_rf_waddr_o[4:0]; // @[ibex_id_stage.scala 279:20]
  assign io_rf_wdata_id_o = io_result_ex_i; // @[ibex_id_stage.scala 254:20]
//  assign io_rf_we_id_o = rf_we_dec & instr_executing; // @[ibex_id_stage.scala 252:30]
  assign io_rf_we_id_o = rf_we_dec; // @[ibex_id_stage.scala 252:30]
  
  assign io_instr_id_done_o = ~stall_id; // @[ibex_id_stage.scala 413:17]
  assign decoder_io_instr_first_cycle_i = io_instr_valid_i & ~id_fsm_q_REG; // @[ibex_id_stage.scala 414:41]
  assign decoder_io_instr_rdata_i = {{31'd0}, io_instr_rdata_i}; // @[ibex_id_stage.scala 264:28]
  assign decoder_io_instr_rdata_alu_i = {{31'd0}, io_instr_rdata_alu_i}; // @[ibex_id_stage.scala 265:32]
  assign controller_clock = clock;
  assign controller_reset = reset;
  assign controller_io_branch_set_i = branch_set_q_REG; // @[ibex_id_stage.scala 330:32 ibex_id_stage.scala 331:16]
  assign controller_io_stall_id_i = stall_mem | stall_branch; // @[ibex_id_stage.scala 412:38]
  always @(posedge clock or posedge reset_n) begin
    if (reset_n) begin
      id_fsm_q_REG <= 1'h0;
    end else if (instr_executing) begin
      if (_instr_first_cycle_T) begin
        id_fsm_q_REG <= _GEN_6;
      end else begin
        id_fsm_q_REG <= _GEN_13;
      end
    end
  end
  always @(posedge clock or posedge reset_n) begin
    if (reset_n) begin
      branch_set_q_REG <= 1'h0;
    end else begin
      branch_set_q_REG <= instr_executing & _GEN_18;
    end
  end
// Register and memory initialization
`ifdef RANDOMIZE_GARBAGE_ASSIGN
`define RANDOMIZE
`endif
`ifdef RANDOMIZE_INVALID_ASSIGN
`define RANDOMIZE
`endif
`ifdef RANDOMIZE_REG_INIT
`define RANDOMIZE
`endif
`ifdef RANDOMIZE_MEM_INIT
`define RANDOMIZE
`endif
`ifndef RANDOM
`define RANDOM $random
`endif
`ifdef RANDOMIZE_MEM_INIT
  integer initvar;
`endif
`ifndef SYNTHESIS
`ifdef FIRRTL_BEFORE_INITIAL
`FIRRTL_BEFORE_INITIAL
`endif
initial begin
  `ifdef RANDOMIZE
    `ifdef INIT_RANDOM
      `INIT_RANDOM
    `endif
    `ifndef VERILATOR
      `ifdef RANDOMIZE_DELAY
        #`RANDOMIZE_DELAY begin end
      `else
        #0.002 begin end
      `endif
    `endif
`ifdef RANDOMIZE_REG_INIT
  _RAND_0 = {1{`RANDOM}};
  id_fsm_q_REG = _RAND_0[0:0];
  _RAND_1 = {1{`RANDOM}};
  branch_set_q_REG = _RAND_1[0:0];
`endif // RANDOMIZE_REG_INIT
  if (reset_n) begin
    id_fsm_q_REG = 1'h0;
  end
  if (reset_n) begin
    branch_set_q_REG = 1'h0;
  end
  `endif // RANDOMIZE
end // initial
`ifdef FIRRTL_AFTER_INITIAL
`FIRRTL_AFTER_INITIAL
`endif
`endif // SYNTHESIS
endmodule